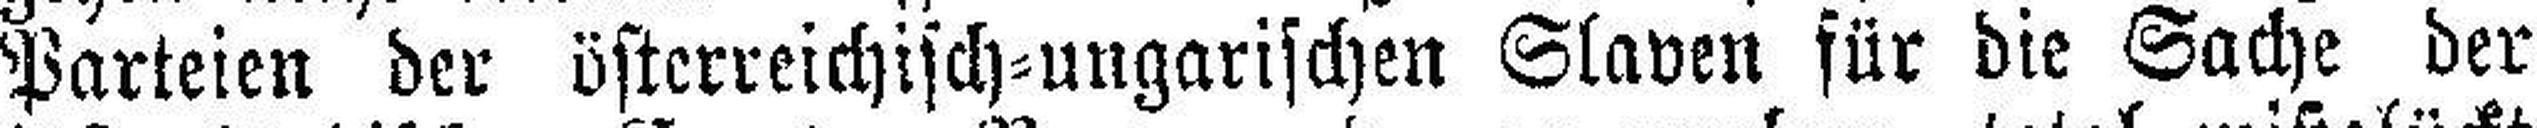
Parteien der österreichisch=ungarischen Slaven für die Sache der